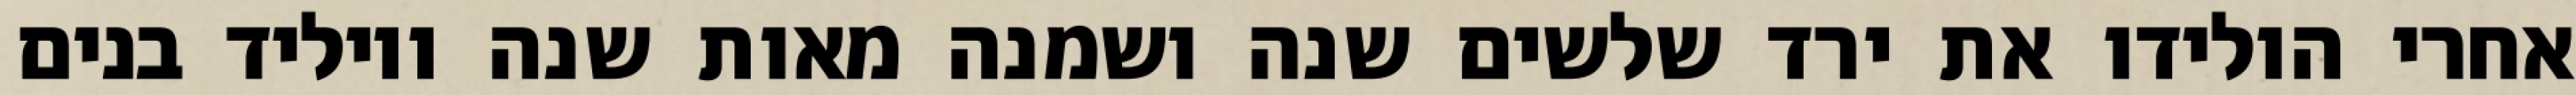
אחרי הולידו את ירד שלשים שנה ושמנה מאות שנה ויוליד בנים